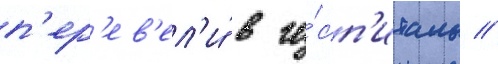
п'ер'ев'ел'и́ в го́сп'италь //